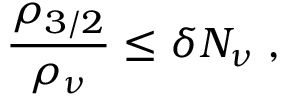
\frac { \rho _ { 3 / 2 } } { \rho _ { \nu } } \leq \delta N _ { \nu } \; ,